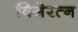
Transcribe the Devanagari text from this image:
विजेरत्न